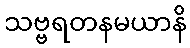
သဗ္ဗရတနမယာနိ